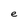
Character: e